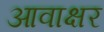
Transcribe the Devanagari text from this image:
आवाक्षर